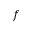
f